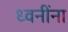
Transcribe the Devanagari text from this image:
ध्वनींना